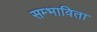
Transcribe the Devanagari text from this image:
सम्भाविता